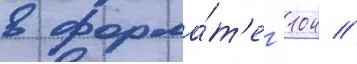
в форма́т'е -104 //